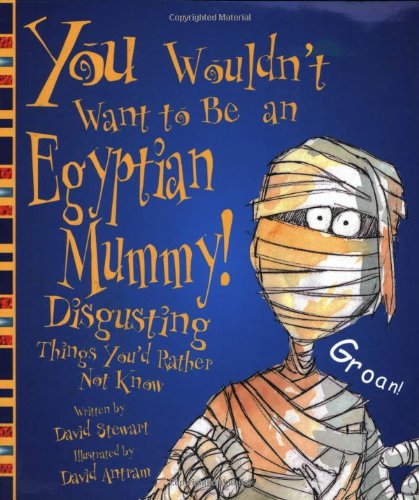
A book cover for You Wouldn't Want to Be an Egyptian Mummy!: Disgusting Things You'd Rather Not Know (You Wouldn't Want To); David Stewart; Children's Books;